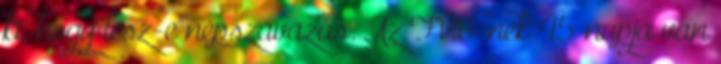
ki, hogy lesz-e népszavazás. Az FVB-nek 45 napja van